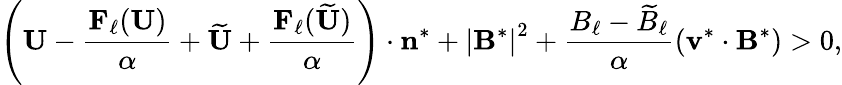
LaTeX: \left(\mathbf{U}-\frac{\mathbf{F}_{\ell}(\mathbf{U})}{\alpha}+\widetilde{\mathbf{U}}+\frac{\mathbf{F}_{\ell}(\widetilde{\mathbf{U}})}{\alpha}\right)\cdot\mathbf{n}^{*}+{|\mathbf{B}^{*}|}^{2}+\frac{B_{\ell}-\widetilde{B}_{\ell}}{\alpha}(\mathbf{v}^{*}\cdot\mathbf{B}^{*})>0,